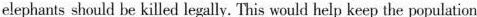
elephants should be killed legally. This would help keep the population